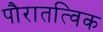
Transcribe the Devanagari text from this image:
पौरातत्विक